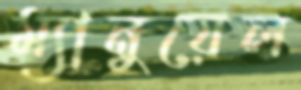
ম্যানুয়েল